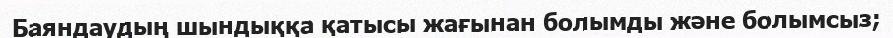
Баяндаудың шындыққа қатысы жағынан болымды және болымсыз;